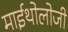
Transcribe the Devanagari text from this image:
माईथोलोजी